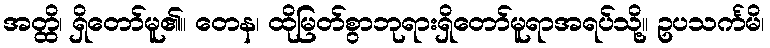
အတ္ထိ၊ ရှိတော်မူ၏။ တေန၊ ထိုမြတ်စွာဘုရားရှိတော်မူရာအရပ်သို့။ ဥပသင်္ကမိ၊